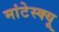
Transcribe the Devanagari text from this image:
मांटेस्क्यू